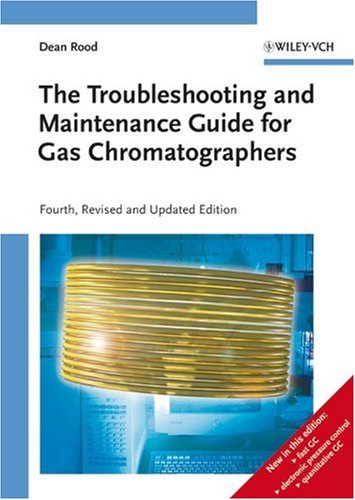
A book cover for The Troubleshooting and Maintenance Guide for Gas Chromatographers; Dean Rood; Science & Math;